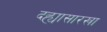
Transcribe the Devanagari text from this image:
दह्यासारखा